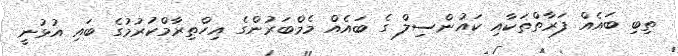
ތިބި ބައެއް ފަރާތްތަކާއި ކައުންސިލް ގެ ބައެއް މެމްބަރުންގެ އިހްތިރާމްކުރުމުގެ ބައި އުޅުނީ